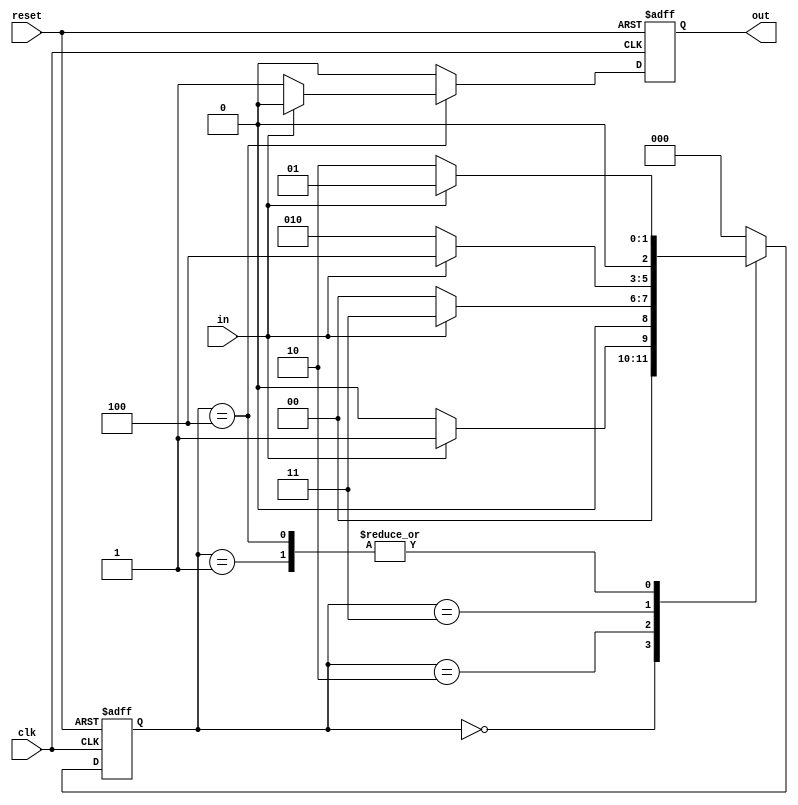
module mealy_pattern(in,clk,reset,out);
	input in,clk,reset;
	output reg out;
	reg [0:2] state;
	always@(posedge clk,posedge reset)
	begin
		if(reset)
		begin
			state<=3'b000;
			out<=1'b0;
		end
		else
		begin
			case(state)
			3'b000:begin
				if(in)begin
				state<=3'b001;
				out<=1'b0;
				end
				else begin
				state<=3'b000;
				out<=1'b0;
				end
			end
			3'b001:begin
				if(in)begin
				state<=3'b001;
				out<=1'b0;
				end
				else begin
				state<=3'b010;
				out<=1'b0;
				end
			end
			3'b010:begin
				if(in)begin
				state<=3'b011;
				out<=1'b0;
				end
				else begin
				state<=3'b000;
				out<=1'b0;
				end
			end
			3'b011:begin
				if(in)begin
				state<=3'b100;
				out<=1'b0;
				end
				else begin
				state<=3'b010;
				out<=1'b0;
				end
			end
			3'b100:begin
				if(in)begin
				state<=3'b001;
				out<=1'b0;
				end
				else begin
				state<=3'b010;
				out<=1'b1;
				end
			end
			default:
			begin
				state<=3'b000;
				out<=1'b0;
			end
			endcase
		end
	end
endmodule